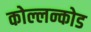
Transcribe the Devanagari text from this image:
कोल्लन्कोड